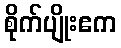
စိုက်ပျိုးဧက